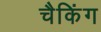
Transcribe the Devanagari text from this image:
चैकिंग